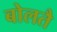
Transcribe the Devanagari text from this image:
बोलतै